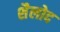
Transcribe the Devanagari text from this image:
शैलोद